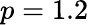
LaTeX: p=1.2